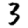
Digit: 3